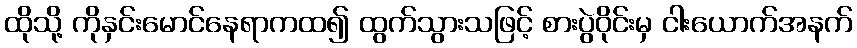
ထိုသို့ ကိုနှင်းမောင်နေရာကထ၍ ထွက်သွားသဖြင့် စားပွဲဝိုင်းမှ ငါးယောက်အနက်